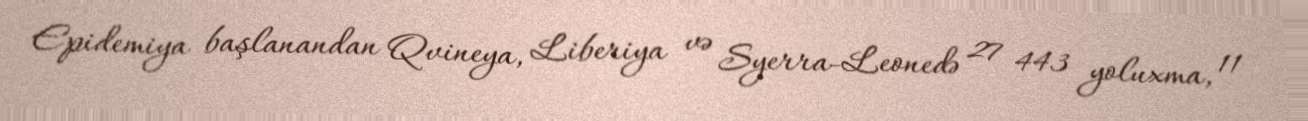
Epidemiya başlanandan Qvineya, Liberiya və Syerra-Leonedə 27 443 yoluxma, 11